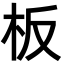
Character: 板